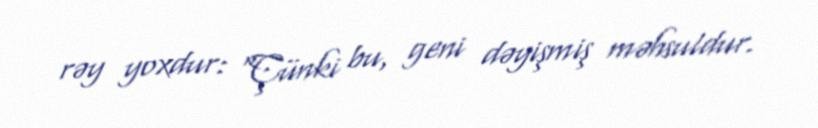
rəy yoxdur: “Çünki bu, geni dəyişmiş məhsuldur.